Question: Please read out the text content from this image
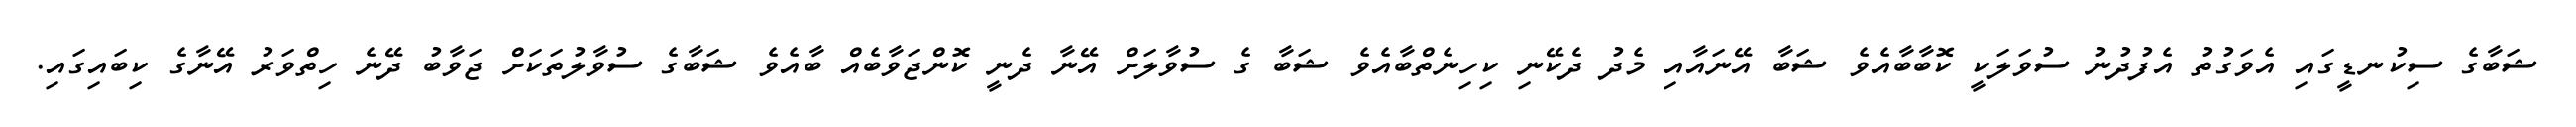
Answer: ޝަބާގެ ސިކުނޑީގައި އެވަގުތު އެފުދުނު ސުވަލަކީ ކޮބާބާއެވެ ޝަބާ އޭނައާއި މެދު ދެކޭނި ކިހިނެތްބާއެވެ ޝަބާ ގެ ސުވާލަށް އޭނާ ދެނީ ކޮންޖަވާބެއް ބާއެވެ ޝަބާގެ ސުވާލުތަކަށް ޖަވާބު ދޭނެ ހިތްވަރު އޭނާގެ ކިބައިގައި.